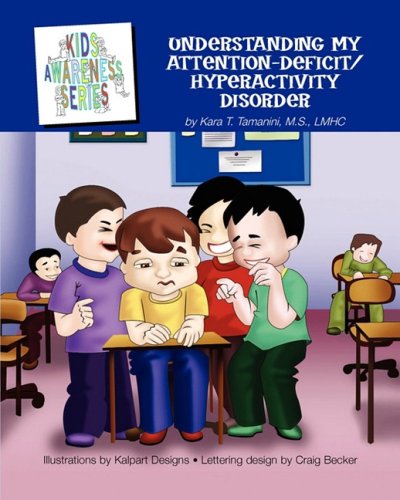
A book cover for Understanding My Attention-Deficit/Hyperactivity Disorder; Kara T. Tamanini; Health, Fitness & Dieting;